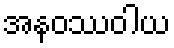
အနဝဿဝါယ